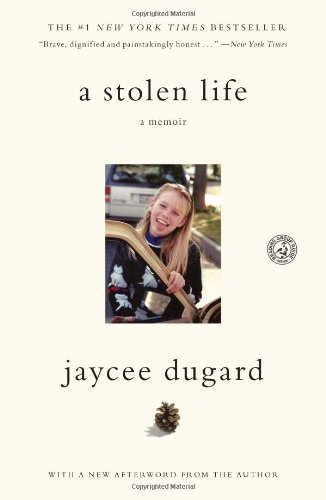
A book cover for A Stolen Life: A Memoir; Jaycee Dugard; Self-Help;